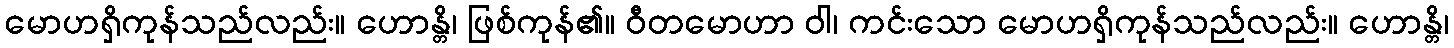
မောဟရှိကုန်သည်လည်း။ ဟောန္တိ၊ ဖြစ်ကုန်၏။ ဝီတမောဟာ ဝါ၊ ကင်းသော မောဟရှိကုန်သည်လည်း။ ဟောန္တိ၊